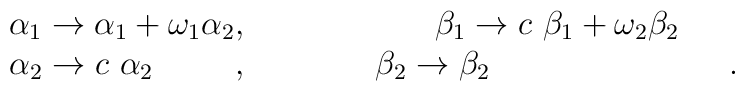
\begin{array}{ccc}\alpha_1\to \alpha_1+\omega_1 \alpha_2, &\ \ \ & \beta_1\to c~ \beta_1+\omega_2\beta_2\\\alpha_2\to c~ \alpha_2\phantom{\omega_2c \alpha_2}, &\ \ \ \ \ \ \ &\beta_2\to \beta_2\phantom{nnc+\omega_2 (\beta_2+1)}.\\\end{array}